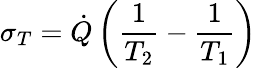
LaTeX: \sigma_{T}={\dot{Q}}\left(\frac{1}{T_{2}}-\frac{1}{T_{1}}\right)